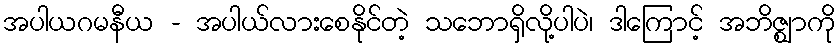
အပါယဂမနီယ - အပါယ်လားစေနိုင်တဲ့ သဘောရှိလို့ပါပဲ၊ ဒါကြောင့် အဘိဇ္ဈာကို